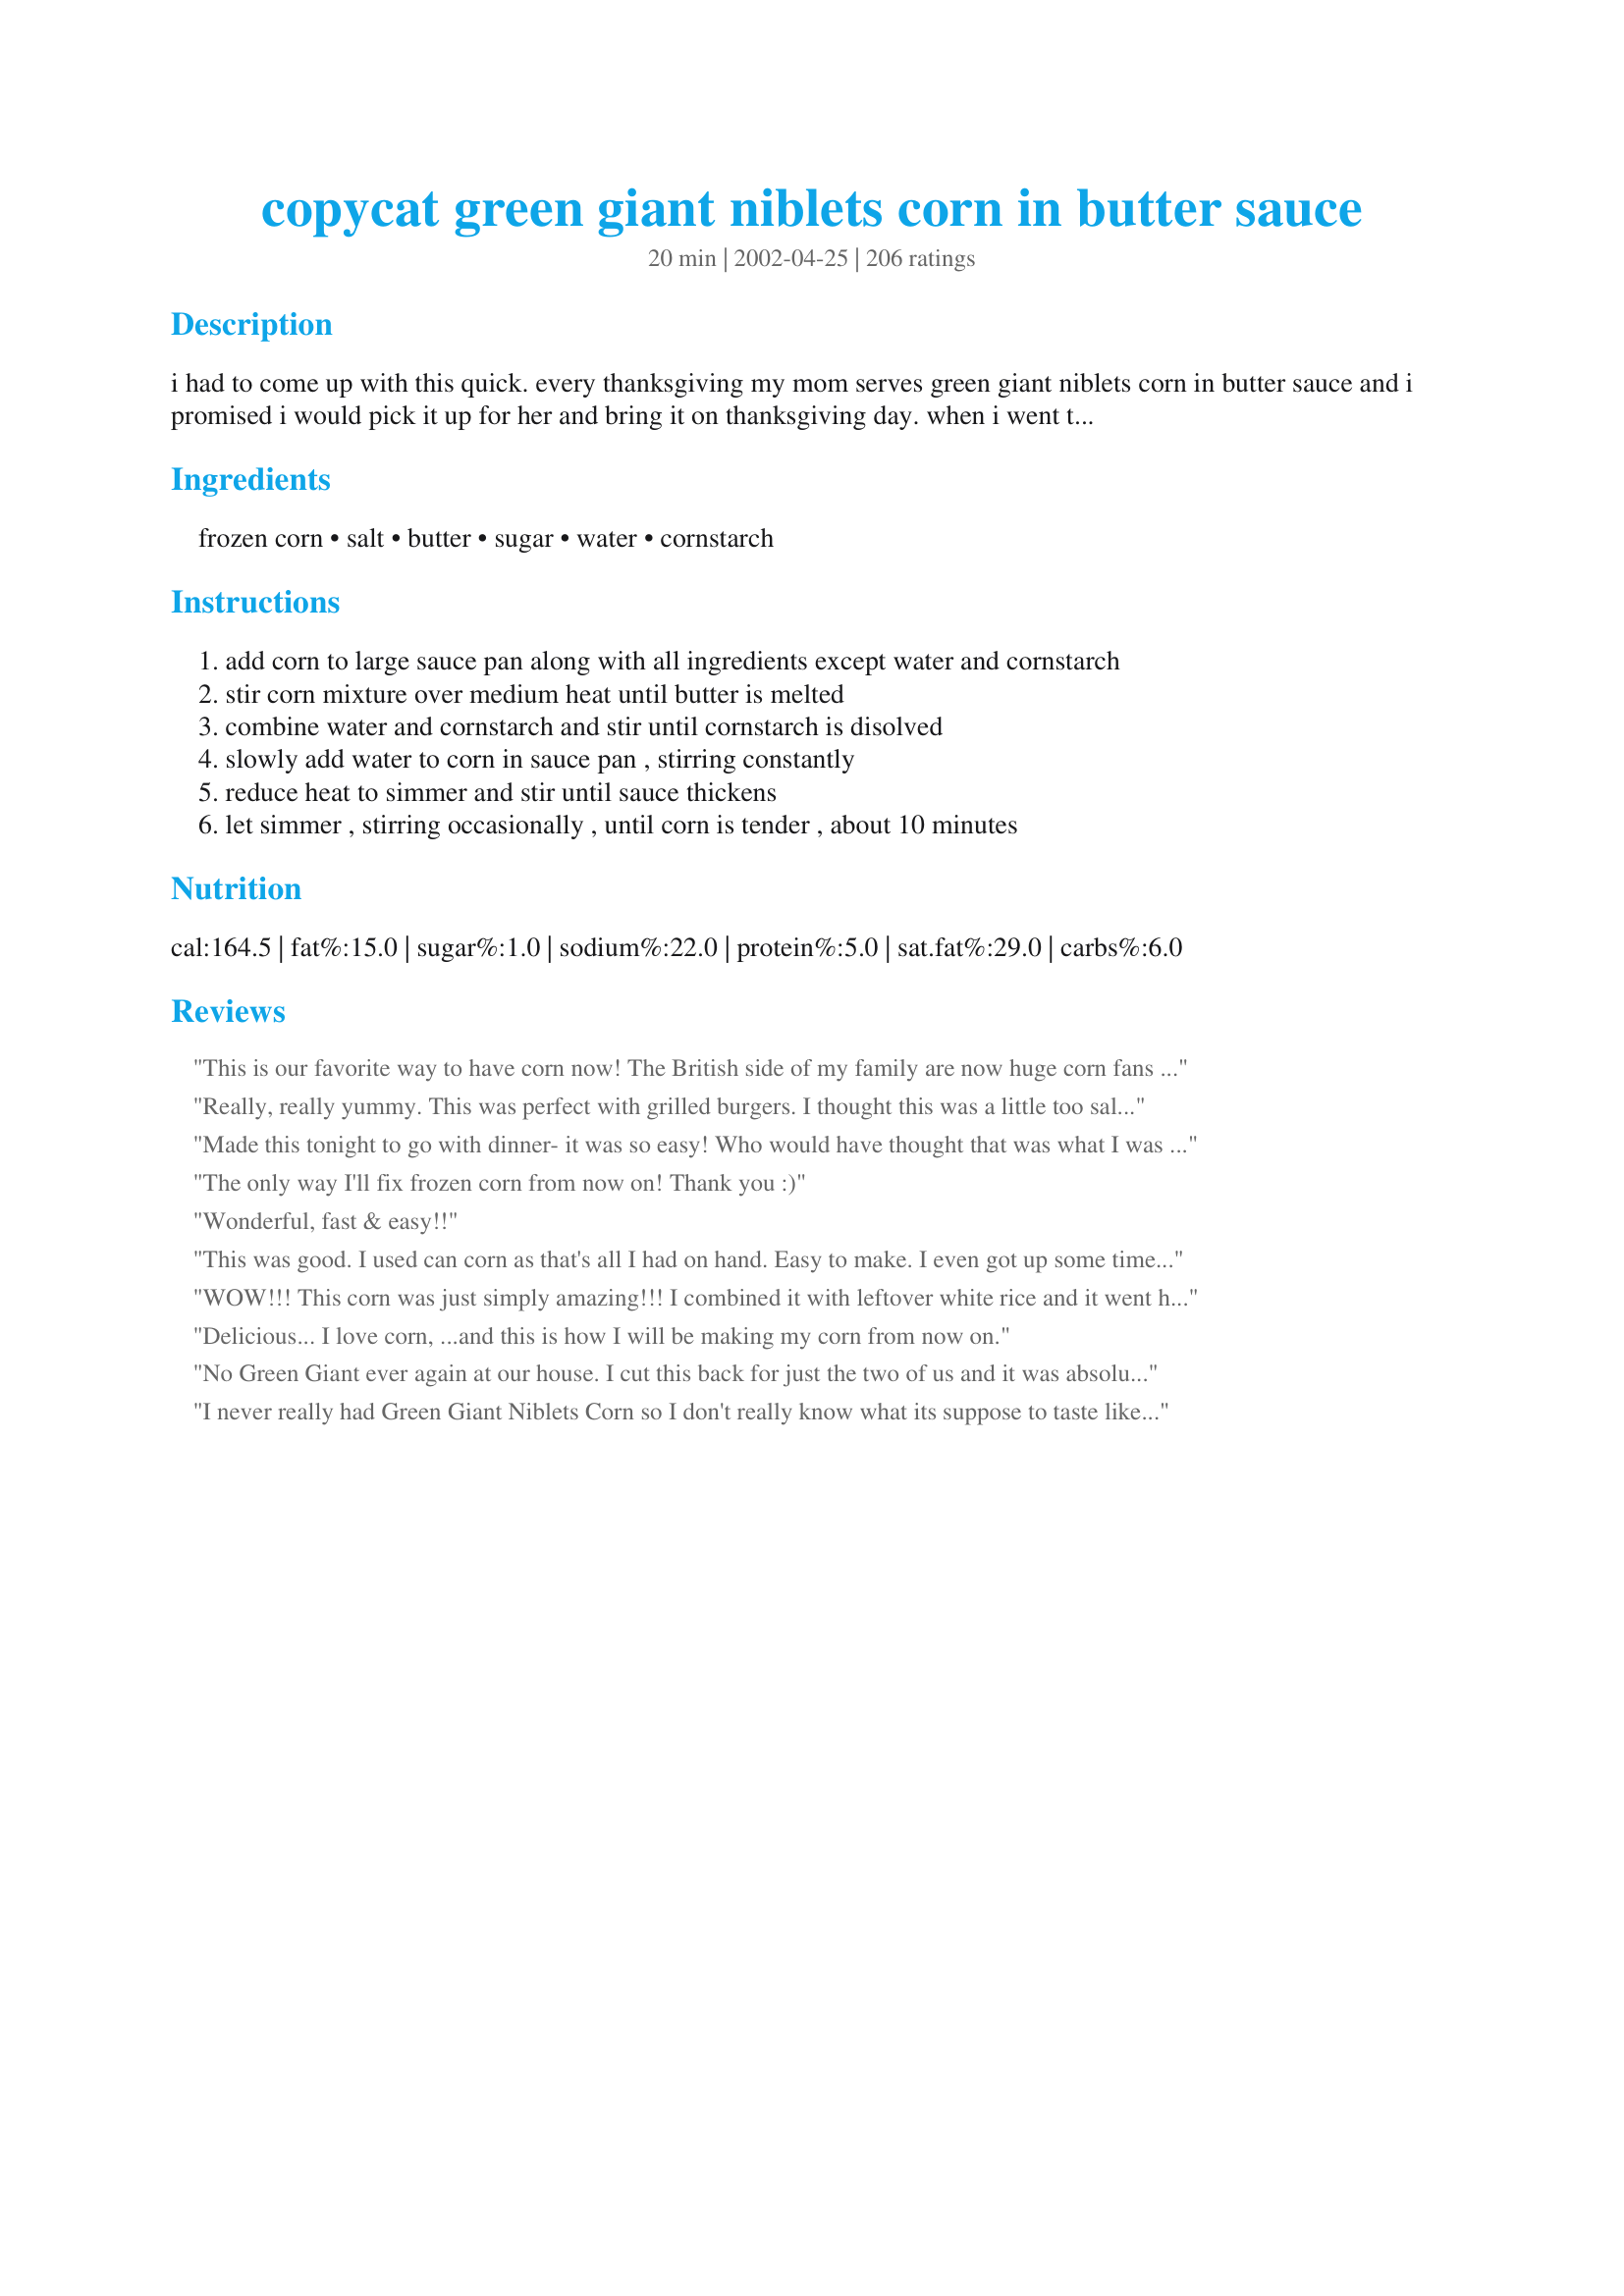
copycat green giant niblets corn in butter sauce
Preparation time: 20 minutes

i had to come up with this quick. every thanksgiving my mom serves green giant niblets corn in butter sauce and i promised i would pick it up for her and bring it on thanksgiving day. when i went to the store, they were sold out! i made this recipe and brought it already prepared to thanksgiving dinner. nobody was the wiser! i saved some money too, because i used store brand corn! this recipe makes a lot...you may want to half it.

Ingredients:
frozen corn, salt, butter, sugar, water, cornstarch

Steps:
add corn to large sauce pan along with all ingredients except water and cornstarch
stir corn mixture over medium heat until butter is melted
combine water and cornstarch and stir until cornstarch is disolved
slowly add water to corn in sauce pan , stirring constantly
reduce heat to simmer and stir until sauce thickens
let simmer , stirring occasionally , until corn is tender , about 10 minutes

Reviews:
This is our favorite way to have corn now! The British side of my family are now huge corn fans because of this recipe. This is a great recipe. Thank you!!
Really, really yummy. This was perfect with grilled burgers. I thought this was a little too salty, so I'll reduce the salt next time. There will definately be a next time. Thanks!
Made this tonight to go with dinner- it was so easy! Who would have thought that was what I was paying so much money for. Thanks for sharing!
The only way I'll fix frozen corn from now on! Thank you :)
Wonderful, fast & easy!!
This was good. I used can corn as that's all I had on hand. Easy to make. I even got up some time during the night and had the munchies so I ate some of this right out of the frig. It was even good cold.
WOW!!! This corn was just simply amazing!!!

I combined it with leftover white rice and it went hand-in-hand...it was delicious! My boyfriend loved it a lot and so did I...In the end, there was none left for me. :-(
Delicious... I love corn, ...and this is how I will be making my corn from now on.
No Green Giant ever again at our house. I cut this back for just the two of us and it was absolutely delicious. Thanks, Karen. I'll make this often.
I never really had Green Giant Niblets Corn so I don't really know what its suppose to taste like. I do know that I really enjoyed this recipe a whole bunch, it tasted really good! Thanks for posting a great recipe Karen=^..^=....
Everyone should have this in their cookbook. 10 stars for you, my kids eat the whole pan full and wanted more. Great job at creating this recipe!!
I will never have to spend all that money on the other name brand.
I even used the store brand, cheep corn, to make this. MMMMM.
What can I say that hasn't already been said? Everyone loved this corn! No leftovers. :( Thanks for posting!
I downsized the recipe to serve as a side with our St. Patty's Day corned beef and cabbage (and spinach mashed potatoes). The slight sweetness of the sauce is a nice complement to the tangy richness of the rest of the meal. We will be trying this as a side to many meals.
Very Very Yummy! My family enjoyed the thick "sauce."
Awesome I have tried to do this myself and never got it this good Thank you. Oh and I used it with baby lima beans, totaly great!
Lets clear the board with 5 Stars.
It sure is a ringer for GG. My Brother and I think this is great.
I did not change nothing..will not change. Thank You so very much. Hugs
I've been looking for some new recipes for veggies and this one is sweet and delicious! We have this a couple of times a week, it's so good!
this should be in everyones cook book
That buttery sauce was just thick enough to hang on every kernel of corn! Very good and easy recipe. This is a side dish sure to please everyone. Thanx for sharing.
Great corn , followed the recipe except I used can corn . will make this often 5 stars for sure !
Worthy of five stars! Tastes great! Thank you.
This copy cat recipe is even better than the original, in my opinion. Great flavor and such an easy way to dress up frozen corn. I halved the recipe, using only one bag of corn and added some black pepper at the finish. Delicious!
We always had niblets corn at my grandma's, so I was happy to find this recipe. It turned out great, and we saved a good amount of money using store-brand corn. Thanks!
We loved it!
This is the best corn I have ever tasted. It was so fast and easy to make.Everyone loved it. Thanks for sharing.
This tasted better than the Green Giant Niblets. I halved the recipe for my family of 4 and it was perfect. Served it with tri-tip, garlic bread & salad. Will definitely make this again. Thanks for sharing!
Nice enough tasting, but what is wrong with corn and plain butter? I don&#039;t see the point of trying to duplicate the packaged stuff we try to avoid. And adding more carbohydrates to a food that is good to begin with is something that I do not understand. Who needs a substitute for over priced fast food vegetables?
Wonderful!!!. I served this to guests and they loved it. I did half the recipe. My friend asked where I had purchased the corn in the sauce. I did add a couple of green onions ..... the green color looked nice with the corn. This recipe is a keeper in this household for sure.
 Thank you for this great recipe
I followed the recipe, but cut it down to 5 servings (1 16-oz. bag). Deelish! I won't fix corn any other way now. It's just too good. Better than the Green Giant Niblets, if you ask me.

To reviewer Hadice: It says "in BUTTER Sauce" in the recipe's name. Were you expecting it not to be buttery or something?
Hi~
I used green beans for this recipe and it was GREAT! Going to use this recipe for all sorts of frozen veggies this winter-EASY and TASTY!
Thanks for posting,
Di
I made this recipe, and loved it. I used a store brand frozen corn, and had to add just a touch more sugar. It is a wonderful way to serve corn.
Let me add my song of praise for this copycat. I love corn, always have, always will, but usually it's out of my garden. I couldn't find any our our frozen so I thought I'd just substitute a can I use for vegetable soup. NEVER AGAIN will I snub my nose at canned corn, but only if it's fixed this way. Thanks so much, Karen. Now..if only to fool my parents with this dish...
This is awesome, tried this at Thanksgiving. Thanks.
Great! Thanks for sharing.
Wow!!! This is an excellent recipe. I halved the recipe for our family of four and there wasn't a kernel left. Everyone loved it! This will be the only way I make corn off the cob from now on. It really lends a buttery flavor to the corn better than corn cooked with just butter. Thanks for a great one!
Awesome recipe! Great way to spruce up plain old frozen corn. I will definately be making this again and again. Thanks so much!
This is great! Had to use can corn and &quot;I Can&#039;t Believe It&#039;s Not Butter&#039;. And it&#039;s not, but the butter here taste weird. I subbed water with the juice of the corn to have a better &#039;corny&#039;&#039; taste. This WILL be repeated! Thank you for allowing me to prepare a dish that is not available where I live. Love it!
I haven't tried Green Giant Butter Corn before but this was buttery good. We liked it. 
Will make again. I made half of the recipe. 

Thanks Karen=^..^=

Bullwinkle
This is corn at it's best. Sweet, buttery and delicious!
This tastes exactly like the original. However to thicken the sauce I needed to let it simmer a little longer, about 5 minutes.
We loved this corn. It is so quick and easy to make, and a whole lot cheaper than buying Green Giant corn. I made a half batch and my family finished it up in a hurry. I will definitely be making this alot. Thanks for sharing this wonderful recipe...it is a keeper.
My family and I love the "bagged in butter" corn. I'd swear you got the recipe from the Green Giant himself. :) Thanks for the deliciousness!!
This is very good, but still not quite as good as my Maw Maw's. I don't know what she does. I have her recipe, but it never tastes the same as when she makes her sweet corn. I think this one is probably the closest I have found, though. Next time I might reduce the butter by about 25%. I just really like the taste of corn by itself and often find I don't need as much butter as many people do. Overall, great recipe! Thank you!
I'm a believer! You're a genius! It went together so easily and tasted great.

We had this for Thanksgiving this year. It was really good and everyone liked it! Thanks for the great and simple recipe!
I never had the green giant version, but i liked this. it wasn't anything crazy spectacular like people make it out to be, but i liked it.
My husband loves Niblets, but they are expensive and I don't always have them around the house. I decided to try this recipe last night thinking it would be an "acceptable" substitute. It was more than acceptable! My husband (who is picky) gave it 7 starts and called it "Niblets Plus!". Thanks for the recipe.
I love corn, but my husband only likes it if it's Niblets. I tried this recipe as a money saver, and got a suprise! He likes it even better. Altogether a tasty recipe.
Just too much butter for my taste.
I can't believe I haven't rated this. I looked it up today for a pre-Christmas dinner and discovered the error of my ways! I've made this several times, always with great success. I was glad to see that it can be made with Splenda (thanks Internetnut).
I have never tried the Green Giant version so I can't compare it to yours. But we loved your recipe.The kids said "corn again" then they tasted it! Thanks for posting.
Tried to cut this down for two but didn&#039;t come out right. Too salty and never did thicken up. Probably better just to make the entire recipe.
What a super recipe! I made this for company and you should have heard all the compliments that I was getting, so I wanted to tell you Karen how much we enjoyed your recipe. Thank you.
Made this for Thanksgiving. I would suggest melting the butter first. I put the cut up butter in the pot first, and when I added the two bags of frozen corn, they almost seemed to freeze the butter. The butter wasn't melting very quickly and I was afraid the corn was going to scorch since there was no liquid in the pan. Tasted good though once it was done.
The Jolly Green Giant called...said he wanted his recipe back...you're hurting his business! It is very apparent that you don't need another glowing review, but I simply couldn't resist telling you just how much we love your recipe. What a great tasting, easy, quick and inexpensive way to put some yummy veggies on the dinner table that everyone will enjoy. Thanks!
I didn't have frozen corn so I used a can. Saved the liquid to use instead of the water. Worked great. Since I only used 1 can of corn, I cut the amount of salt, sugar, butter, and water in half. I also only used as much of the liquid as I needed.
This is the only way that I will make corn for the rest of my life! My hubby and toddler gobbled it up so fast I was tempted to make a batch just for me! Awesome recipe.
Karen,
 What a tasty dish this is.I've never tried the
Green Giant Niblets in Butter sauce,But if it tastes anything like this they must make big bucks selling it.My Husband wants this again (REAL SOON) he said.Ha
Thanks so much,
Darlene Summers
Wonderful........... made twice and both times the dish was empty and ALL plates empty!
Thank you!
I cut this recipe in half all except for the butter which I still used 1/3 of a cup (just love butter!), and it was very good. I also added 1/2 teaspoon black pepper just for my DH and Is' taste. Definately recommend the pepper to anyone who likes a little spice. This recipe will definately be used on a regular basis in my house. Thanks for posting!
Delicious and easily halved for my family. Thank you.
Made this on Easter for a group who don't like frozen corn. Boy were they ever suprised, all gobbled up in no time. Thanks for a great side dish recipe Karen !
Another 5 star review! I cut the recipe in half as well. Next time, I would cut back on the salt just a smidge. Really tasty and really easy. Thanks for posting!
This is really good. I never bother with the cornstarch and water and it is still great. Thanks!
This taste just like the name brand corn that costs so much more. I used a store brand frozen corn and made enough for four servings. We enjoyed this corn with munchiesdeli's recipe #124468 tonight for supper. Will definitely be making this again! Thank you Karen for posting. Made and reviewed the I Recommend Tag Game.
This stuff was so delicious! The butter sauce was good enough to drink! (Which my son proceeded to do.) This one is definitely a keeper, and we will be making this recipe again very soon.
Great side dish with just about any dish you are making!
I made this for a Thanksgiving side, and it was delicious. But, it was even better left over, the buttery flavor came out more. So next time I'll make it a day ahead and re-heat, which is even more helpful with the big holiday planning!
This was a wonderful way to add flavor and richness to plain corn. I used a quality frozen corn and thought it turned out just as good as the Green Giant's recipe! It is much cheaper and you can prepare just the quantity that you need.
This recipe impresses my GRANDMOTHER at holidays. That's all I have to say!! 
Super-easy and delicious - you'd never know it's frozen! I half the recipe, and have used both shoepeg and yellow corn (store-brand, too) with the same results - YUM!
Everyone enjoyed the corn, and it was very much like the expensive store bought version. I am always looking to perk up vegetables, and this is a great way to do it. Thanks for posting Karen.
I've seen a lot of comments here about this recipe and finally got around to trying it. Really goo. My DH did not love it but I'm rating it not him!
This was great! Simple, quick,& tasty way to serve corn that I will return to time and again. I was looking for a simple recipe to prepare with my elementary school-aged daughter, who is learning how to cook. She made this entirely on her own while I observed, and it turned out perfect and exactly like the purchased variety. We halved the recipe and it came out perfect. Thanks!
I made this for Thanksgiving and it was a hit! I made as posted and it really does taste like GG niblets in butter sauce. It was very easy to make and I will be making it again and again. Thanks for posting!
Excellent! My family enjoyed this. I did not change a thing.
Made today for lunch and it turned out really good. I'm sure I will make again. Thanks!
I wanted to like this recipe, I really did, but the results were very watery and nothing special. I will give it another try and cut down the water from 1 cup to 3/4 cup.
I cut recipe way down to serve 4 and it worked great. I was afraid it would be gummy but it was not. I used store brand corn and no one was the wiser, LOL!
This is excellent I am making this for Thanksgiving definitely and use it for Sunday dinners as well - much better than the Green Giant product!
This corn was pretty good. I found it better as a leftover than eating it the same day though. I found it to be a bit on the salty side the same day, but after sitting overnight I couldn't taste the salt.
I am too cheap to have ever purchased the real one, but we tried b/c of all the rave reviews. VERY very good. This dish and the mashed potatoes was the only thing my picky 5 yo DS ate at Christmas dinner. Ha. This will be the way I make corn from now on. Also, I used two cans of Green Giant Sweet Whole Kernel Corn instead of frozen.
Completely besides the economic factor of this saucy little recipe, the end results are fantastic...170+ reviews and counting upward!!! 5* Made for Tast of Yellow LiveStrong Event.
I thought this recipe was wonderful, I stopped buying the green giant corn in butter sauce because I would need two packages to feed my family and it was getting to expensive, but now I have this recipe and can make it anytime
thanks
Really good! Made it for Thanksgiving. Simple & easy. Thanks, Karen!
I don't think you need anymore rave reviews but I couldn't keep my mouth shut on this one! Tastes EXACTLY like our favorite Green Giant!!!!! Can't wait to share this with my siblings, we used to fight over it when we were kids! Thanks sooo much Karen!!!!
This was really good Karen. I scaled it down to three servings (worked perfectly) and DH thought he was eating his fav GG veggie. No more expensive corn here! I will use this often.
I don't think I'll ever make "plain ole" corn again. This was so good and so easy! Thanks!!!
Great recipe.....A great way to add buttery taste to whole kerrel corn...Thanks
This recipe is amazing! A true copycat recipe.
Easy and really good! Everyone enjoyed the dish and with frozen corn it goes together in a flash. I don't buy the Green Giant veggies in sauce, it's expensive and the sauce tastes wierd to me, but I'll definitely make this again. Thanks, Karen, for posting!
I have made this numerous times for family get togethers. it always turns out great and is an excellent side dish!!
Fast and easy way to make a delicious and simple corn dish. The directions are well written and easy to follow. Thank you for sharing your recipe Karen=^..^=!
I used 12 the sugar and it came out perfect.
Since my frozen corn was still frozen, it turned out a bit runny. I had to cook it longer to get it to a thicker consistency. But it was yummy and loved by adults and kids alike!
Made this as a side for dinner tonight. I reduced the salt, as we have a family member on a low sodium diet. Also sweetened with stevia. I served it with chicken and stuffing. Everyone enjoyed it.
This was okay, but not what I expected. Didn't taste like the store bought stuff, in my opinion. Also too runny.
Delicious and easy. I prepared only 1/2 the recipe for our family of 5.
I've made this many times, but never got around to reviewing it. I have to say, it's just as the frozen bag. We love it.
Ohhh yummy! We made this as a side dish for Thanksgiving and everyone loved them. The kids raved and the adults went for seconds. MUCH better than the original IMO!

Thanks :)
I have made this with corn and peas and lima beans, all to great reviews.
Delicious! I made this for Thanksgiving yesterday, and it was so yummy and simple, and much tastier than the typical corn we usually have.
Very simple and delicious side dish. Tastes just like those expensive boxes. Thanks for sharing. Made for I Recommend tag.
I have made this a few times with great success. The last time I made this I had a 4 oz. jar of pimentos in my pantry and decided to add them for a twist. I just drained them and threw them in. Not only did it add color but the added taste, I think, was wonderful.
I can definately understand all the wonderful ratings. This is awesome. Everyone thought it was the real thing. Divided the recipe in half without a problem.
mmm....it is now a staple in our house. Plain corn is for the mice!
Really liked this. Made it for family night along w/ beef tenderloin and dirty mashed potatoes. Would never pay for the grocery version again. Thanks!
We thought this recipe was great Karen. I tried it on a smaller scale a couple of weeks ago and thought it tasted just like the frozen boxed variety at a fraction of the price. We're having a houseful for Thanksgiving (Canadian!) this weekend and I plan on making this part of the menu.
This is really fantastic! Can't wait to try it with frozen peas or mixed vegetables.
LOVED IT! A perfect side dish, our corn was tender, buttery & sweet!!I changed the servings to 2 & followed the updated measurements. We use salted butter, so next time the only change I would make is to omit the salt as we both found it a bit too salty. Thank you for posting this recipe!!
We were previously devotees of the GG product, but no more. This is better...and so easy.
Thanks Karen for sharing the secret.
Its funny how so many people look us a recipe for something that you would think is sooooo easy! But hey, sometimes just the simple adding butter is not enough. I will never make corn any other way. The salt and sugar just makes the corn seem crisper and the perfect sweet and salty mix. THE BEST!
Made this a a side dish for thanksgiving and it was a hit.Everyone thought it was thegrenn giant corn. It is a keeper. Thank You!!!
This is great. And it is the first time my 4 year old daughter liked corn (which speaks volumes, as I've tried it all sorts of ways in the past!) I did cut the salt in half, as I try to limit salt with my kids, but it didn't seem to lack flavor. Thanks Karen!
This is a quick and easy side dish. Not just ordinary corn!
For some reason this just did not work out for us. No One ate it ; ( with all the other reviews it must be "operator error"
Hubby cooked steaks on the grill tonite and I had every intention of running to the store for corn-on-the-cob. LUCKY FOR US... I was feeling lazy. Did a quick search through 'zaar and found this recipe!! 
Sounded good...had near-perfect ratings...so I made a batch.
GOOD STUFF!! :) We all had second helpings!
This recipe is a keeper -- for sure!
Absolutely yummy and my honey loves corn!
I really can't rate this as a "copycat" recipe, since I don't think I've ever had the original brand-name version, but I included it as one of the sides for Easter dinner and everyone really enjoyed it. Thanks for sharing your recipe!
Perfect!!!!
This is great! Finally, I can serve this corn without arguing with DH about the price for holidays! It tasted JUST like the Green Giant corn & I will never spend that outrageous price for that corn again! This will become my new holiday corn dish! Thanks for sharing, it was terrific!
This was fantastic! It's so nice to have a more tasty and interesting way to do a regular vegetable that everyone will eat. I also didn't use all the water so it was a bit thicker. Delicious!
I made this for Thanksgiving dinner using Splenda...turned out perfect...we all loved it....
A good, quick and easy sidedish to our Thanksgiving meal. Thanks!
This was so easy and delicious! I made it last night and the teenagers consumed it all!

I'm thinking of trying it with green beans - I'm sure the result will be just as good!
Wonderful and easy to adapt to microwave. Thanks for creating this and sharing it!!
This the best - I used to pay the high price for the Green Giant stuff - but his is better and a money saver. My daughter won't let me fix corn any other way now! Thanks!
I'm probably one the few that has never had the "Original" Niblets in Butter Sauce but that is not going to stop me from saying that this was freakin' delicious. DH (who has a "love/hate" relationship with corn) was looking for the leftover corn in the fridge and was disappointed that I had eaten it.
Great and soooooo much cheaper than buying the actual Green Giant. My youngest daughter is the "connoisseur of corn" and she rates this 10 stars! Between the six of us last night we managed to polish off the whole pan and thats a lot of corn. Got to admit that being in the midst of "corn country" here in Illinois, and only 20 miles from a Del Monte plant where they make this type of corn, did I feel like a traitor? Heck No...this recipe is GREAT!!!
I served this for Thanksgiving and it was a hit. It was easy, simple and delicious.
Great recipe! This tasted just like Green Giant Corn in Butter. I even tried this with frozen peas and carrots it's really good my picky 5 yr old newphew even liked it. I did try canned peas and it never did thicken. I have even substituted Splenda for the sugar and it still turns out. I love this recipe and it was so simple. Thanks for a great recipe christine (internetnut)
This was great and got me lots of compliments! Thanks!
I just love shoepeg corn so that is what I chose. This is easy and so delicious to make. Thanks Karen for sharing.
Simple and quick, and so delicious. I won't be buying it now that I have this recipe! Thanks for sharing. Christina
Really good. I made it for X-Mas dinner and my family really like it, thank-you!
I made a dinner last night that I was very proud of but all my manbeast could say was, "these are really great vegetables!" I asked him how he liked his perfectly grilled meat and he said, "It's fine. But these are really great vegetables." I was desperate for a compliment that was mine and not yours so I asked how he liked my rice pilaf.(which was perfect BTW) Manbeast said, "Yeah... it was good. But these are really good vegetables." Curses! I give them zero stars because you made me so angry but my manbeast Dugan gives them 10 stars so I guess that averages out to five. Don't talk to me ever again, Karen. And I will not return your calls, either. We are not friends anymore. :-)
we loved this, but used a white wine instead of water..not sure if it change the taste or not..it was just plain good..
I cut this recipe in half since there is only two of us... I have always loved Green Giant corn but the price is just ridiculous, so this is the best recipe for buttery sweet corn. There is no more work in preparing corn this delicious way than you would have the tradional way. I have found it works really well with canned corn also, but if I do use the canned I save the liquid and use that instead of the water and cut out the salt completely. A great, easy side dish for any dinner! Thanks!!!
This was so easy and really good although next time I would likely cut down on the salt a bit. Even though I LOVE salt, the salt in this recipe seemed to overpower the sweet. To compensate I added another teaspoon of sugar and it was really delicious and a LOT cheaper than buying the Green Giant version. Another caution, although Karen says it makes 10-12 servings, my brain didn't notice that and it DOES make 10-12 servings!! Thanks for the great recipe Karen! We will have this often in our house.
Everyone loved it at the Mexican themed party last weekend! I added some thinly diced red and green sweet peppers and a touch of cilantro.....yummy!
Love this recipe!
I was skeptical, having only made fresh corn before, but I needed a vegetable dish for a holiday gathering. I added an additional bag of corn, but did everything else the same. This was a fantastic, easy recipe that traveled the hour to our hosts home well. I'd make it again in a heartbeat!
simple and delicious
This was very good, family really enjoyed the corn. I have never tasted the Green Giant Corn in Butter Sauce, so can't say if it tastes like it, but can say it is very good. Thanks for posting a easy and tasty corn recipe.
This corn was delicious. We will be having this again. Your directions were written very well btw. Thanks Karen.
Yum! This was really great and the adults and kids all loved it. 
One note - it did take much longer to thicken and over higher heat so just prep for that. Thanks so much for a great recipe!
Hi Karen. This was so good! It complimented the main dish of beef rouladen really great. I could almost have this and some bread and make it the meal. I halved the recipe, since it's just the two of us. I had some of the leftovers with lunch today. I'll be making this again! :)
Good job, Karen. My wife and I both liked this a lot -- much better than just corn and butter thrown into a pan. I bought some frozen Bird's-eye brand white and yellow mixed corn just for this recipe. A little expensive but the flavor was well-worth it. Thanks for posting this very excellent and simple recipe.
Couldn't stop eating them! They were so good! I actually had to pull myself away from the table to stop eating this. Very addicting thank you! :D
Very good. I don't buy the packaged stuff anymore because it's too expensive. I used green beans instead because I didn't have enough corn. Added a smidgen bit more cornstarch because it wasn't thickening as much as I thought it should. Had to add a little bit of margarine because I ran out of butter and I suggest you stick with ALL butter.
I found this too salty. Also, the sauce did not thicken quickly, and the corn was really overcooked.
Great recipe!!Scaled it down for 3 persons.Thanks
This was a nice change and similar to the Green Giant Corn in Butter Sauce. My family usually likes their corn with just a pinch of butter and pepper, so I will probably do that again in the future. I'll save this for company, when corn needs a bit of dressing up. Update: I have made this several times since and it is worth it!

Roxygirl in colo.
best stuff since green giant lol
I made this about a month ago and forgot to review it. I loved it and so did the rest of the family. I used 2 cans of shoepeg corn and it turned out great.
Oh Karen, you really came up with a winner with this recipe. It tastes just like the Green Giant Corn in Butter Sauce. I halved the recipe and it turned out perfect. YUM!!!
Very good and really does taste like the Name brand stuff. Will definatly make this again. Thank you for sharing.
I made this for someone when she had a baby. Her DD loved it and asked for it so much that I had to give them the recipe. None of use have ever had the kind from the store but yours was definitely good. Thanks for sharing it.
I have to admit I made this using frozen peas and they were FANTASTIC!! They were even better left over after the sauce had time to sit longer. I am now off to try the corn. I know it is going to be great. Im going to use this sauce for all my veggies from now on.. Thank you!!
Another winner Karen! I've made this recipe several times, sometimes substituting different frozen veggies but always with terrific results. This simple recipe elevates a quick side dish into something special. Thank you for sharing!
I have been wanting to try this for sooo long, well I made it for our Thanksgiving meal, and it was excellent! Easy, and very yummy!
As if you needed another 5-star review--this was great!
Like the "real thing" - only better! I didn't get that slight chemical taste with this. It is not too hard to do, either.
wow this is great stuff use it all the time
i made half of this recipe for our dinner tonight,and it was really very good.the amounts of sugar and salt provided the perfect balance of taste.this will be made again.thank you for posting.
Yummy way to do corn, with the butter 'sticking' to the kernel. Some other seasoning is a very nice addition, too. I added very finely minced parsley and a couple of tablespoonfuls of minced, caramelized onion for a delicious variation.
very good. thanks!
Very good, buttery & sweet!
Everyone loved it! I didn't use a whole cup of water, just enough to dissolve the corn starch, and it had a nice thick sauce.
This was so wonderful, thank you for this recipe!
I will make this for the holidays from now on.
I really liked this recipe. I love corn and this was simple and tasty. I will definitely make this often. Thanks
Great side dish. I made this in the crock pot and it worked wonderful. I served this with our Easter dinner and we loved it. Thank you for a yummy recipe....Stephanie
Absolutely excellent. Great alternative to regular frozen corn. I halved the recipe and followed everything else exactly and it turned out great! Thanks!
Excellent! Served this for Thanksgiving this year, was a BIG hit! I did not have frozen corn, but used 3 cans of corn, and drained the liquid from them. Worked perfectly! Thanks for posting!
Yummy!! I cut the recipe down to 4 servings and my DH loved it so much that I've made it 4 times in 2 wks. I've never had GG but I guess I'll never buy it because this soooo good!
Great copykat.....tastes just like the Niblets in butter sauce! I halved everything because this recipe makes a lot....a good thing because I would of eaten the whole thing of I made it!! YUMMY!!!
I don't write many reviews. This may even be my first. I used to spend alot of money because the only corn I liked was Green Giant Niblets in Buttersauce. It must have been last Easter my girlfriend and I didn't see eye to eye on the corn. Found this recipe and Wa La. Since finding this recipe I haven't purchased GG Niblets in Buttersauce again. THANK YOU!
We love this stuff !!!!!!!!
Just like green giant, but cheaper!
DH really liked this one, but I didn't taste enough flavor different to make it worth the effort to me personally. Maybe next time I will use unfrozen corn.
The corn was so delicious prepared this way. It was sweet and tender surrounded in a lovely, silky butter sauce. It was perfect served over saffron rice. Thank you for sharing a recipe that I will make again. Made for What&#039;s on the Menu Tag Game 2015.
Perfect! I never buy Green Giant, its just too expensive. With this recipe, we won't miss out any longer! I cut the recipe into 1/4 the size and it was perfect for the two of us. I think the next pot luck, this will be what I bring. Its easy and quick and probably travels very well! Thanks!
My husband loves the Green Giant version, but with 6 in our family, it takes at least 2 packages to feed everyone. So, when I saw this recipe, I had to give it a try. It was a HIT! I halved the recipe, and still had enough gor everyone. Even my dd, who doesn't like corn unless it's on the cob, ate it without complaining! Thanks for a great recipe!
This was the first recipe I made from Recipezaar. It is SO good! I melt the butter first and add the salt last. At times I've added yellow food coloring to make it look more buttery.
I used canned corn and it came out perfect!
i FORGOT TO REVIEW THIS! sORRY!! But better late than never1 :-) This is sooo simple and outstanding. I used it in one of my cooking classes. Amaing how good this is!! Thanks. Ingrid/Koechin
This was GREAT!!! It tastes even better than the frozen, store bought stuff! Thanks so much for the recipe.
I dont know what Green Giant tastes like but this is very good! Had it with our Easter supper.
Fantastic!!!! My corn-loving boys were raving!!!
I made this for Mother's Day, 05-08-11, and it turned out GREAT! I love the sweetness and the flavor. I had some picky eaters at the table and all were very satisfied! I will make this again. Thank you for the recipe.
Great corn recipe! My sister and I used to beg my mom to buy the Green Giant Niblets Corn in Butter Sauce, and she didn't always buy it because it was expensive when you are on a tight budget! This corn tasted just like I remember! Delicious!!! I plan on making it often now that I found the recipe!
Excellent version of a freezer favorite. I did cut the recipe in half. Thanks for a keeper!
Excellant, prepared as written only halving the recipe
Thank You Karen=^..^=
Very good & EZ to make. This is how I will make corn from now on...
This was very good, Will make again for sure! Thanks for the recipe!
This was quite good. I halved the recipe as there was only 3 of us. I used only 1/4 t. sugar and should have halved the salt to 1/2t. as it was just too salty. And I like salty corn. I am sure I will make this again following the changes I have stated above. It was really a nice unique dish.
This is really a very good way to serve corn to kids on tuna casserole night like I just did! I halved the recipe and they just gobbled it up. Now upon reviewing this I realize I forgot to add the salt and even without it (and I like salt on everything) it was good. Thanks a lot!
great recipe
Great recipe. Will make often. Thanks Karen!
This was perfect! Just what I was looking for.
I made this exactly as posted for Christmas dinner and a few people commented on how much they enjoyed the corn and what did I do to it. However, I did think it was a bit salty, so I will cut back on the salt the next time I make it - but that is a personal preference. Thanks for a great recipe Karen.
Easy to prepare, and yummy! Tastes just as good or better than the box from the store. A keeper!
This is a great recipe! TY
I made this for a potluck using 56 ounces of frozen shoe peg corn (filled a crock pot) 3/4 cup melted butter, 1 TBSP of sugar sprinkled over top. Mixed together 2 cups water with 1 TBSP of corn startch. Shake together in a pint canning jar. Cook on low for a couple of hours until heated through. Can be put together the day before and store in the fridge until ready to cook :)) Thank you for sharing:)
Definely tastes like the real thing. I made a half recipe; which made plenty.
My daughter Kaylee is rating this since it was her dinner choice. "This is very buttery and really good"
